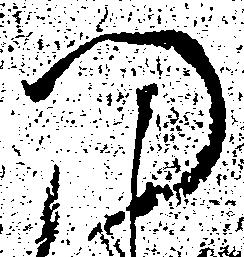
門